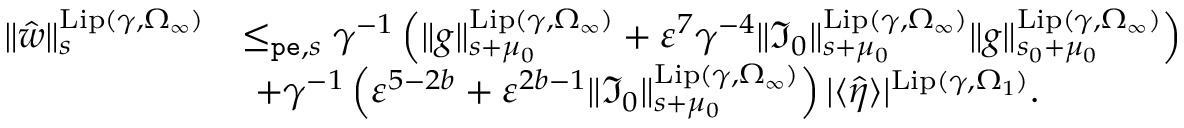
\begin{array} { r l } { \rVert \hat { w } \rVert _ { s } ^ { \mathrm { L i p } ( \gamma , \Omega _ { \infty } ) } } & { \le _ { \mathtt { p e } , s } \gamma ^ { - 1 } \left( \rVert g \rVert _ { s + \mu _ { 0 } } ^ { \mathrm { L i p } ( \gamma , \Omega _ { \infty } ) } + \varepsilon ^ { 7 } \gamma ^ { - 4 } \rVert \mathfrak { I } _ { 0 } \rVert _ { s + \mu _ { 0 } } ^ { \mathrm { L i p } ( \gamma , \Omega _ { \infty } ) } \rVert g \rVert _ { s _ { 0 } + \mu _ { 0 } } ^ { \mathrm { L i p } ( \gamma , \Omega _ { \infty } ) } \right) } \\ & { \ + \gamma ^ { - 1 } \left( \varepsilon ^ { 5 - 2 b } + \varepsilon ^ { 2 b - 1 } \rVert \mathfrak { I } _ { 0 } \rVert _ { s + \mu _ { 0 } } ^ { \mathrm { L i p } ( \gamma , \Omega _ { \infty } ) } \right) | \langle \hat { \eta } \rangle | ^ { \mathrm { L i p } ( \gamma , \Omega _ { 1 } ) } . } \end{array}